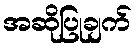
အဆိုပြုချက်